Calcutta medical institutions reports 1879-81 [i.e.91]
Year: 1879
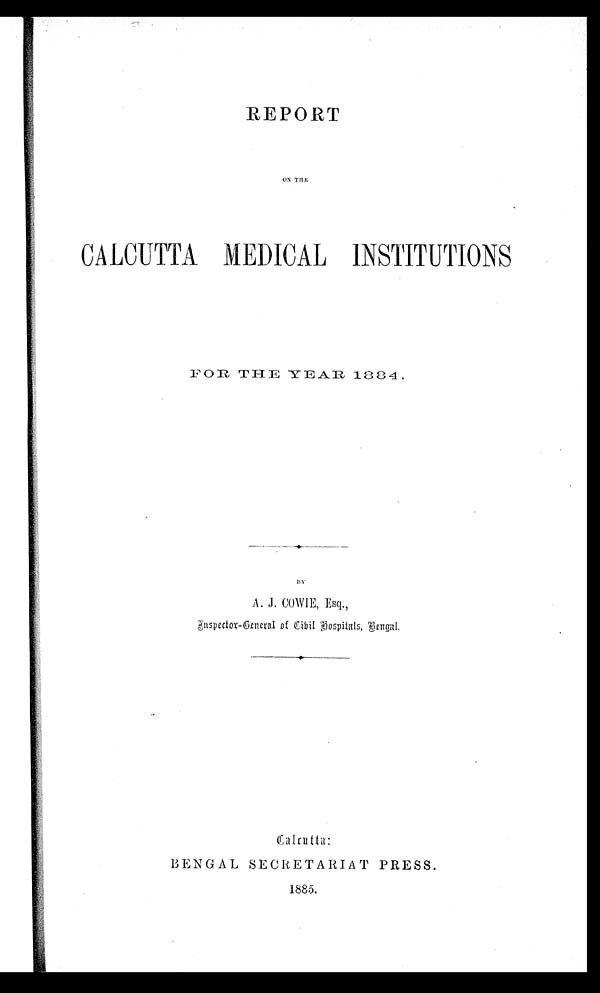
REPORT
ON THE
CALCUTTA MEDICAL INSTITUTIONS
FOR THE YEAR 1884.
BY
A. J. COWIE, Esq.,
I nspect or - Gener al of Ci vi l Hospi t al s,
B e n g a l .
Calcutta:
BENGAL SECRETARIAT PRESS.
1885.